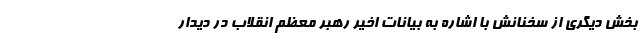
بخش دیگری از سخنانش با اشاره به بیانات اخیر رهبر معظم انقلاب در دیدار